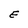
Character: E